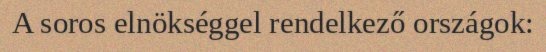
A soros elnökséggel rendelkező országok: